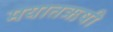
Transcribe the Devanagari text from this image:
मयातऋषी